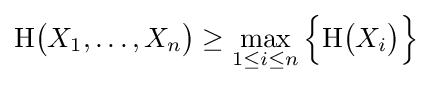
\mathrm {H} {\bigl (}X_{1},\ldots ,X_{n}{\bigr )}\geq \max _{1\leq i\leq n}{\Bigl \{}\mathrm {H} {\bigl (}X_{i}{\bigr )}{\Bigr \}}